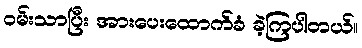
ဝမ်းသာပြီး အားပေးထောက်ခံ ခဲ့ကြပါတယ်။